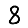
Digit: 8